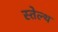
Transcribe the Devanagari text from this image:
स्तेल्थ